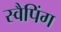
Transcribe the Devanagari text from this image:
स्वैपिंग